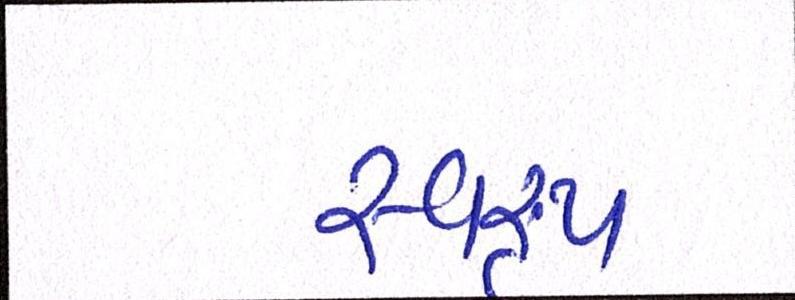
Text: સ્વરૃપ